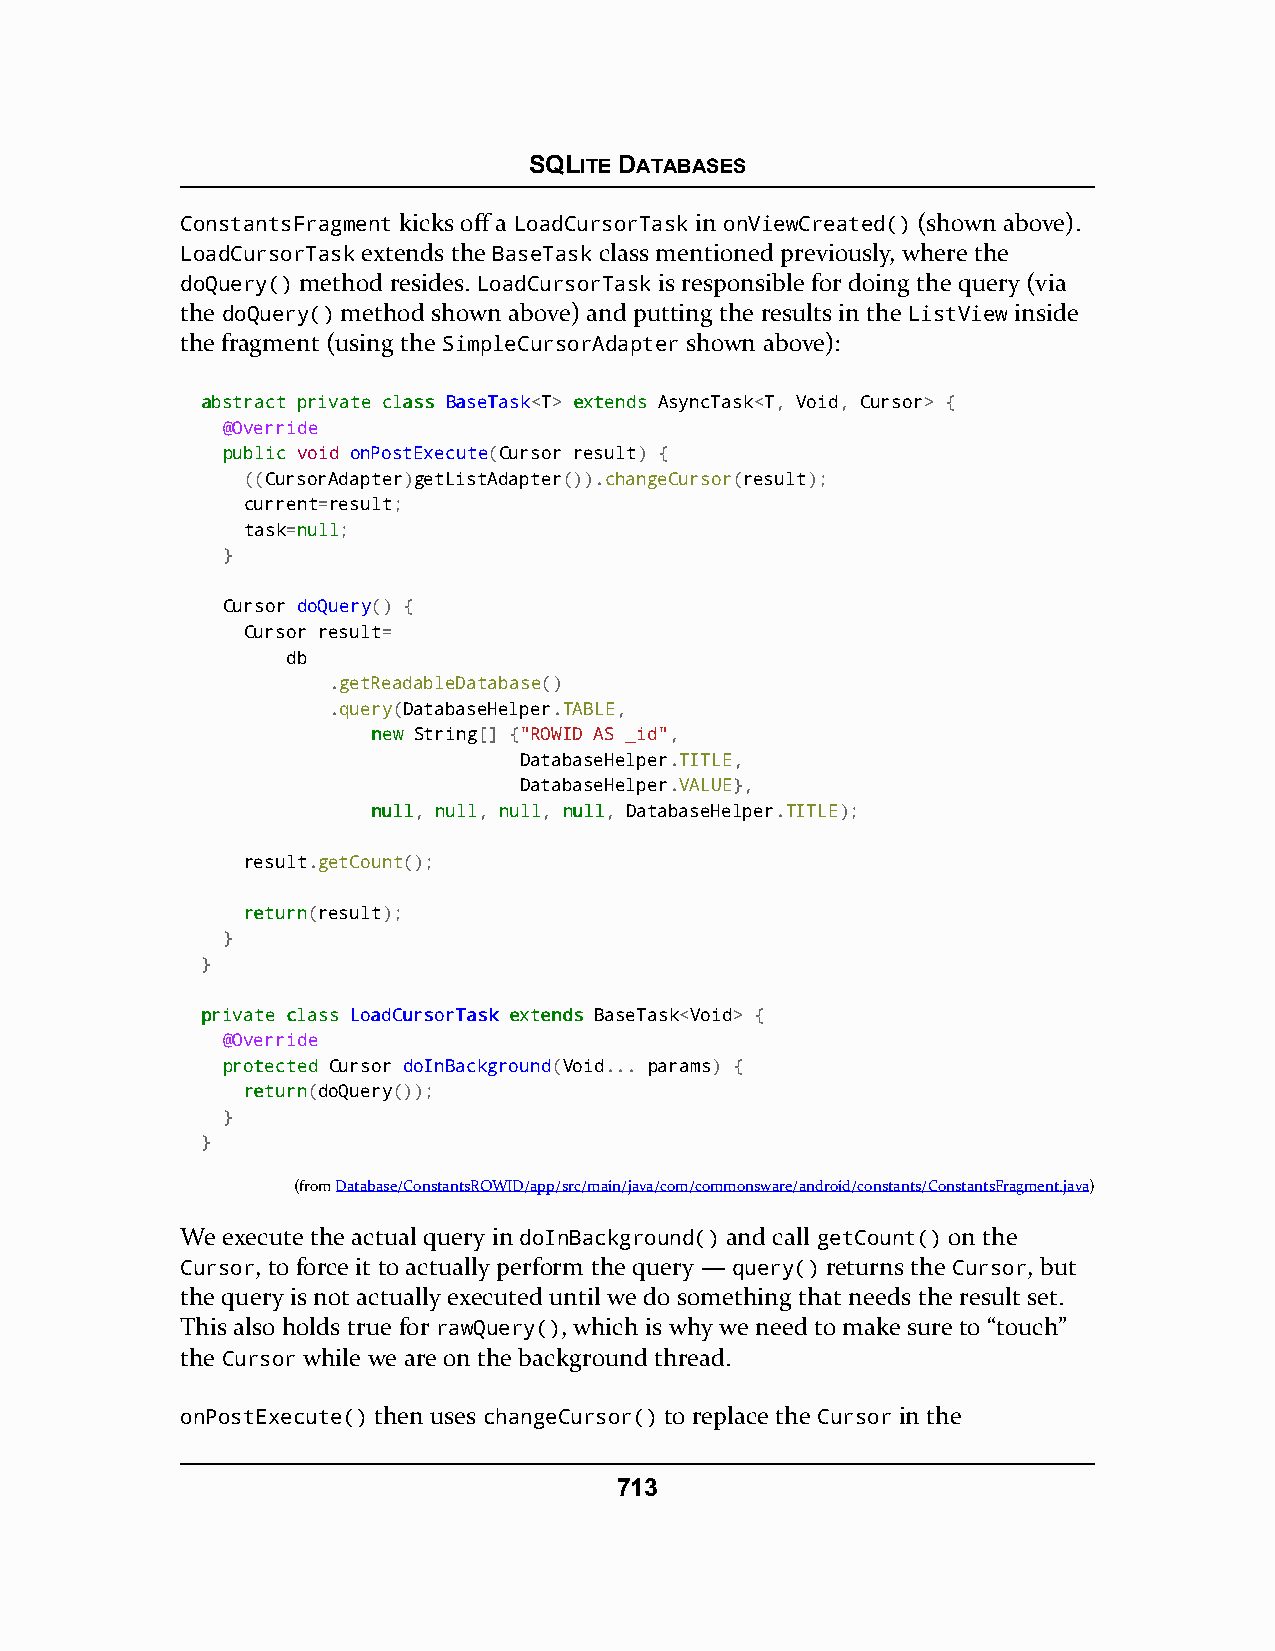
SQLITE DATABASES
 ConstantsFragment kicks off a LoadCursorTask in onViewCreated() (shown above).
 LoadCursorTask extends the BaseTask class mentioned previously, where the
 doQuery() method resides. LoadCursorTask is responsible for doing the query (via
 the doQuery() method shown above) and putting the results in the ListView inside
 the fragment (using the SimpleCursorAdapter shown above):
 aabbssttrraacctt pprriivvaattee ccllaassss BBaasseeTTaasskk<T> eexxtteennddss AsyncTask<T, Void, Cursor> {
 @Override
 ppuubblliicc void onPostExecute(Cursor result) {
 ((CursorAdapter)getListAdapter()).changeCursor(result);
 current=result;
 task=nnuullll;
 }
 Cursor doQuery() {
 Cursor result=
 db
 .getReadableDatabase()
 .query(DatabaseHelper.TABLE,
 nneeww String[] {"ROWID AS _id",
 DatabaseHelper.TITLE,
 DatabaseHelper.VALUE},
 nnuullll, nnuullll, nnuullll, nnuullll, DatabaseHelper.TITLE);
 result.getCount();
 rreettuurrnn(result);
 }
 }
 pprriivvaattee ccllaassss LLooaaddCCuurrssoorrTTaasskk eexxtteennddss BaseTask<Void> {
 @Override
 pprrootteecctteedd Cursor doInBackground(Void... params) {
 rreettuurrnn(doQuery());
 }
 }
 (fromDatabase/ConstantsROWID/app/src/main/java/com/commonsware/android/constants/ConstantsFragment.java)
 We execute the actual query in doInBackground() and call getCount() on the
 Cursor, to force it to actually perform the query — query() returns the Cursor, but
 the query is not actually executed until we do something that needs the result set.
 This also holds true for rawQuery(), which is why we need to make sure to “touch”
 the Cursor while we are on the background thread.
 onPostExecute() then uses changeCursor() to replace the Cursor in the
 713